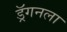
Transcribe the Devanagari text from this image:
ड्रॅगनला